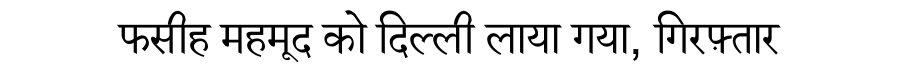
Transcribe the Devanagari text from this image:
फसीह महमूद को दिल्ली लाया गया, गिरफ़्तार